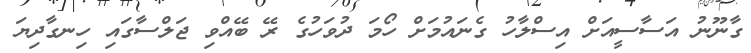
ގާނޫނު އަސާސީއަށް އިސްލާހު ގެނައުމަށް ހޯމަ ދުވަހުގެ ރޭ ބޭއްވި ޖަލްސާގައި ހިނގާދިޔަ